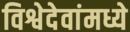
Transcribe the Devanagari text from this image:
विश्वेदेवांमध्ये